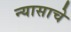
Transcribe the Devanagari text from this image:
न्यासाचे